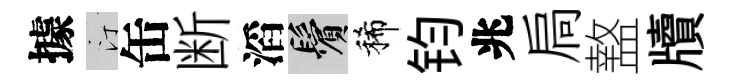
據汀缶断滔鬢稀钧兆扃盩牘